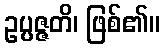
ဥပ္ပဇ္ဇတိ၊ ဖြစ်၏။